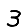
Digit: 3